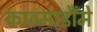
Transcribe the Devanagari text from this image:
काठमाडौँमे